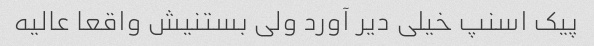
پیک اسنپ خیلی دیر آورد ولی بستنیش واقعا عالیه